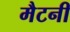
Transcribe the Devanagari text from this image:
मैटनी